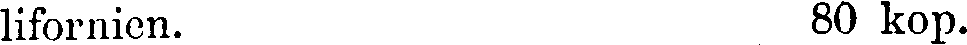
lifornien. 80 kop.